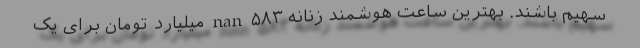
سهیم باشند. بهترین ساعت هوشمند زنانه nan ۵۸۳ میلیارد تومان برای یک